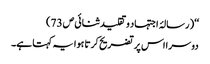
‘‘( رسالۂ اجتہاد وتقلید ثنائی ص 73)
دوسرا اس پر تضریح کرتا ہوا یہ کہتا ہے۔